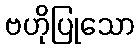
ဗဟိုပြုသော